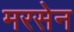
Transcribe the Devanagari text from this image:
मरसेन